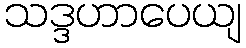
သဒ္ဒဟာပေယျ